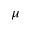
\mu